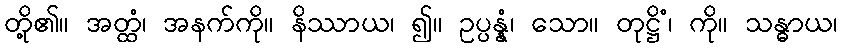
တို့၏။ အတ္ထံ၊ အနက်ကို။ နိဿာယ၊ ၍။ ဥပ္ပန္နံ၊ သော။ တုဋ္ဌိံ၊ ကို။ သန္ဓာယ၊